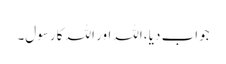
جواب دیا ،اللہ اور اللہ کا رسول۔